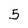
Character: 5